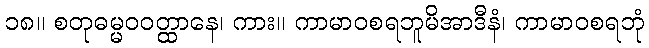
၁၈။ စတုဓမ္မဝဝတ္ထာနေ၊ ကား။ ကာမာဝစရဘူမိအာဒီနံ၊ ကာမာဝစရဘုံ